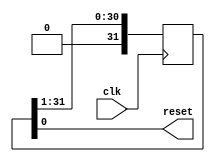
`timescale 1ns / 1ps
//////////////////////////////////////////////////////////////////////////////////
// Company: 
// Engineer: 
// 
// Design Name: 
// Module Name:    rst 
// Project Name: 
// Target Devices: 
// Tool versions: 
// Description: 
//
// Dependencies: 
//
// Revision: 
// Revision 0.01 - File Created
// Additional Comments: 
//
//////////////////////////////////////////////////////////////////////////////////
module rst(
  input wire clk,
  output wire reset
    );

reg [31:0] a=32'hf0000000;

always @(posedge clk)
begin

	a<=a>>1;

end

assign reset = a [0];


endmodule